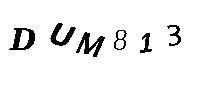
DUM813